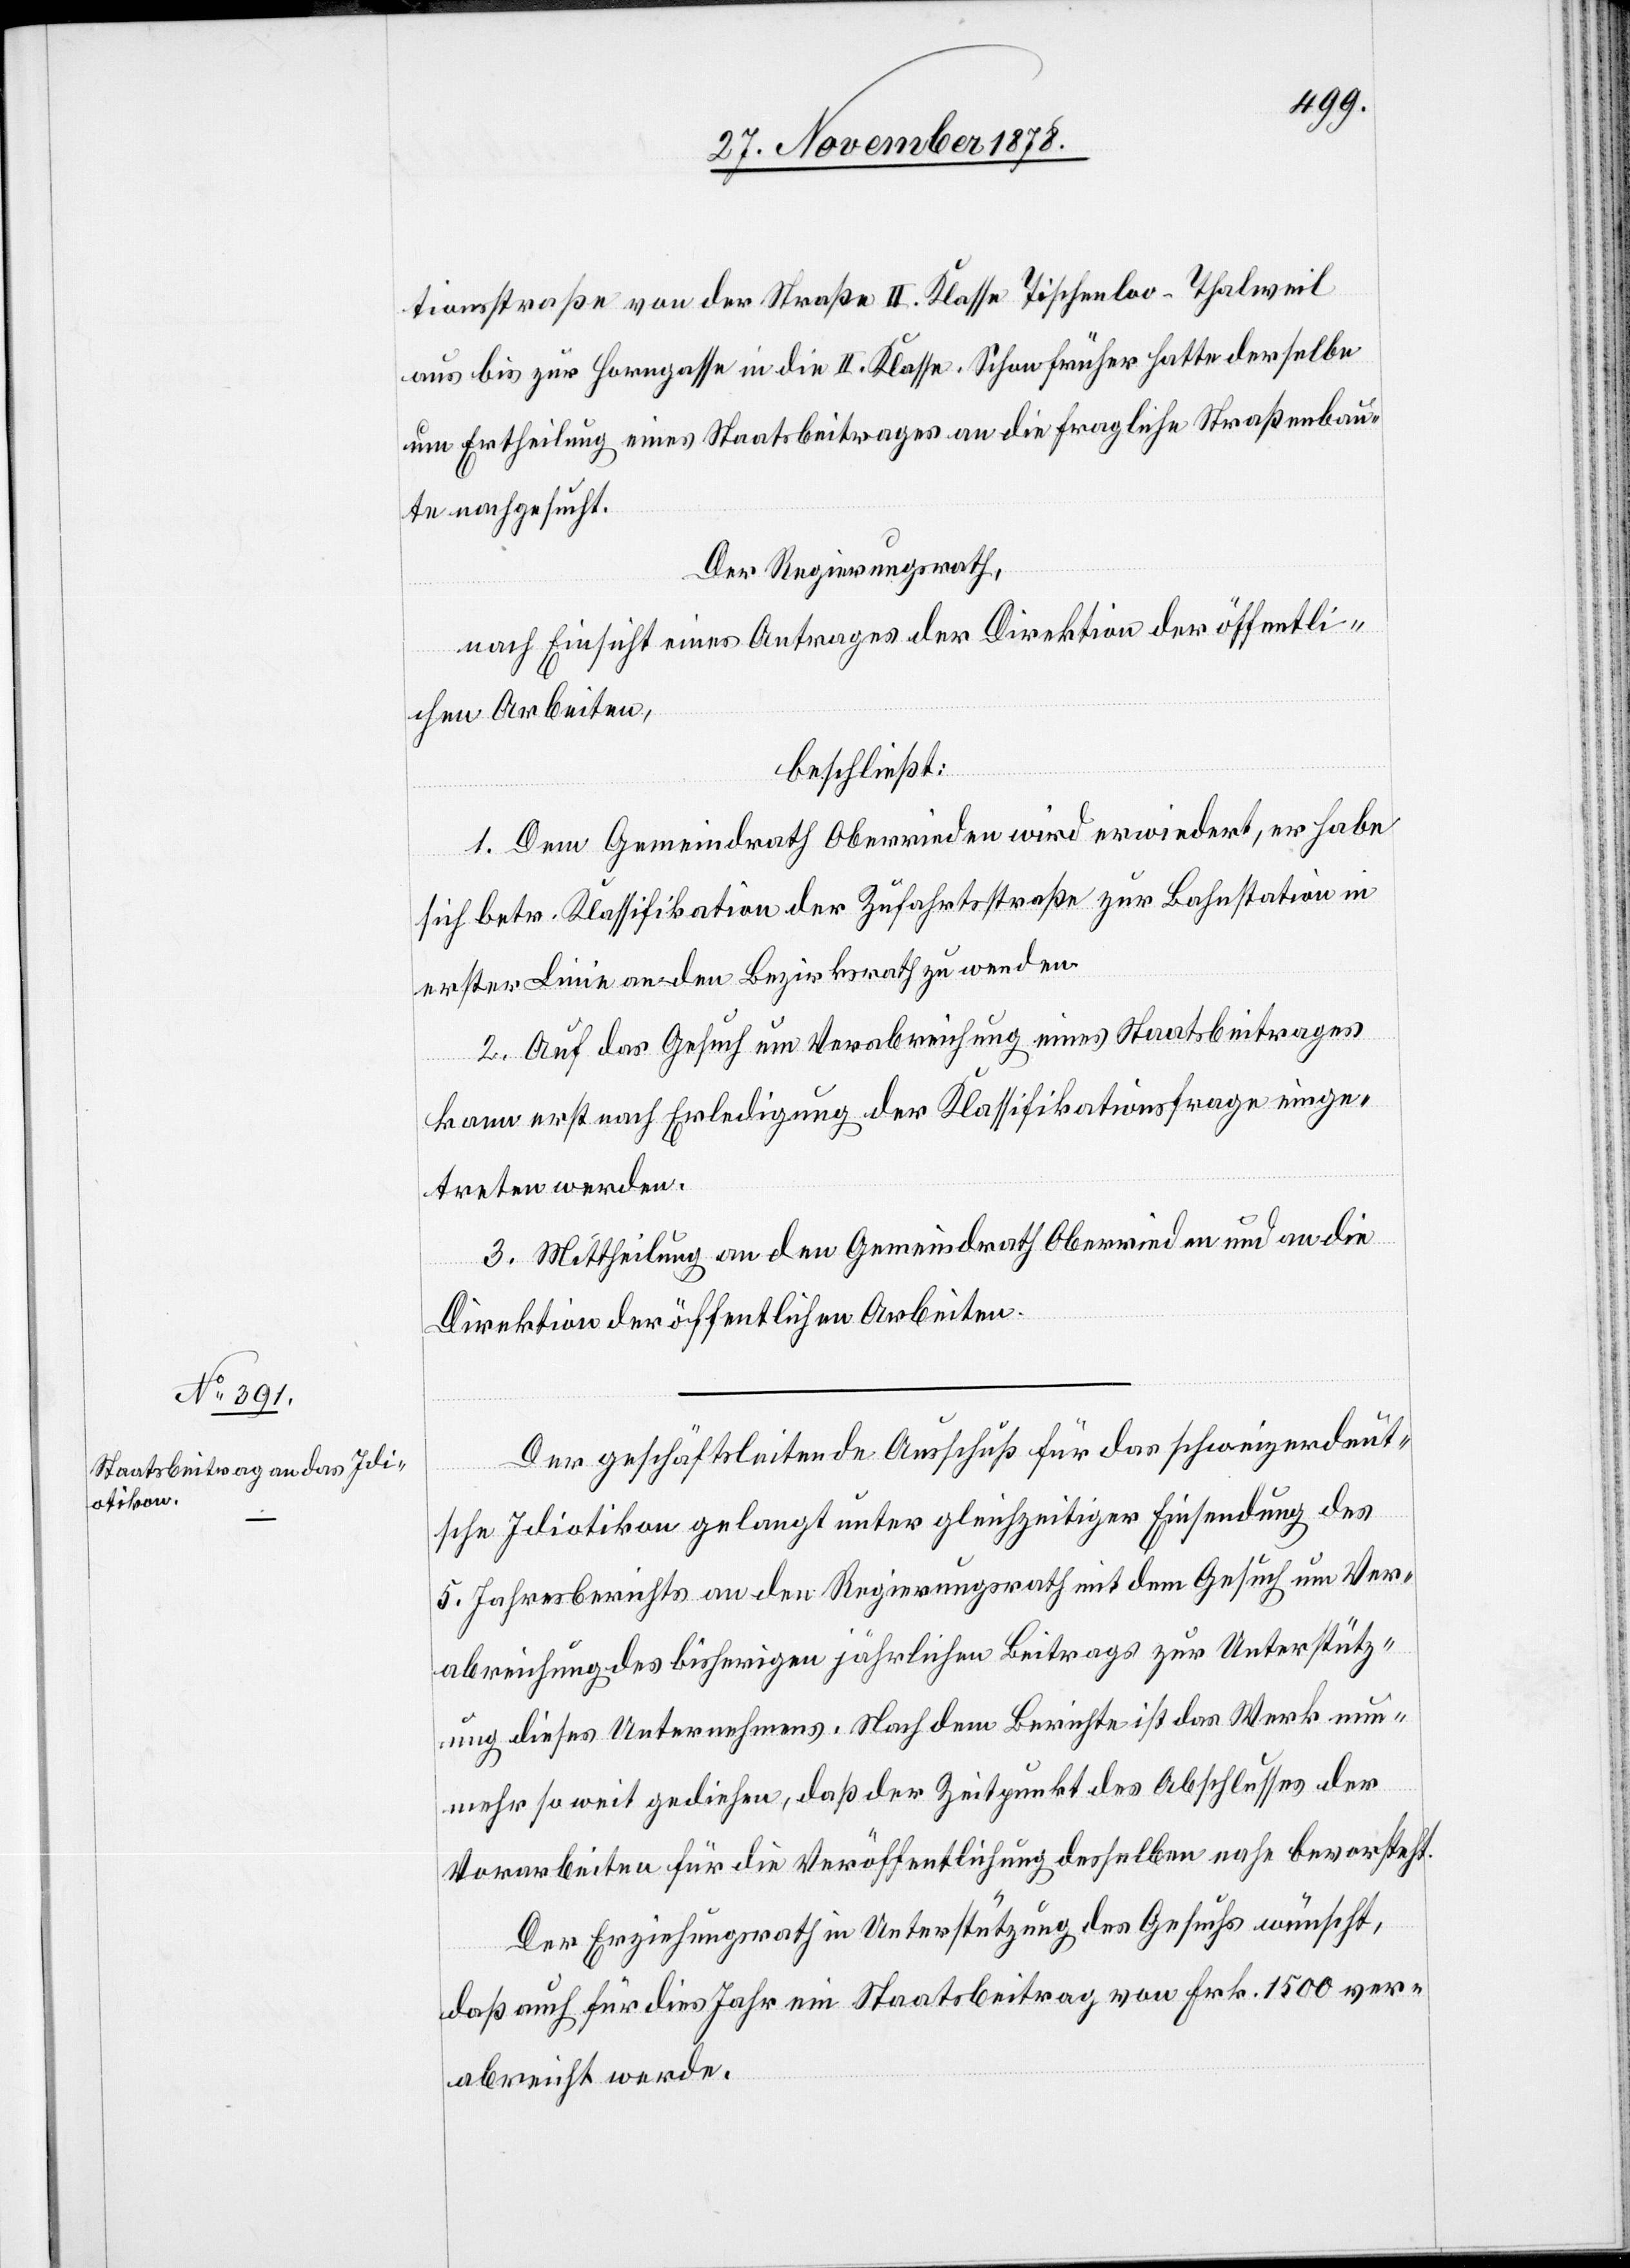
tionsstraße von der Straße II. Klasse Tischenloo - Thalweil
aus bis zur Horngasse in die II. Klasse. Schon früher hatte derselbe
um Ertheilung eines Staatsbeitrages an die fragliche Straßenbau¬
te nachgesucht.
Der Regierungsrath,
nach Einsicht eines Antrages der Direktion der öffentli¬
chen Arbeiten,
beschließt:
1. Dem Gemeindrath Oberrieden wird erwiedert, er habe
sich betr. Klassifikation der Zufahrtsstraße zur Bahnstation in
erster Linie an den Bezirksrath zu wenden.
2. Auf das Gesuch um Verabreichung eines Staatsbeitrages
kann erst nach Erledigung der Klassifikationsfrage einge¬
treten werden.
3. Mittheilung an den Gemeindrath Oberrieden und an die
Direktion der öffentlichen Arbeiten.
Der geschäftsleitende Ausschuß für das schweizerdeut¬
sche Idiotikon gelangt unter gleichzeitiger Einsendung des
5. Jahresberichts an den Regierungsrath mit dem Gesuch um Ver¬
abreichung des bisherigen jährlichen Beitrags zur Unterstütz¬
ung dieses Unternehmens. Nach dem Berichte ist das Werk nun¬
mehr so weit gediehen, daß der Zeitpunkt des Abschlusses der
Vorarbeiten für die Veröffentlichung desselben nahe bevorsteht.
Der Erziehungsrath in Unterstützung des Gesuchs wünscht,
daß auch für dies Jahr ein Staatsbeitrag von Frk. 1500 ver¬
abreicht werde.